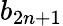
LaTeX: b_{2n+1}